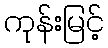
ကုန်းမြင့်